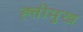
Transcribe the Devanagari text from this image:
ह्त्तीमुख